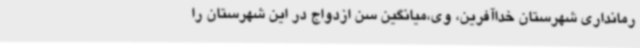
رمانداری شهرستان خداآفرین، وی،میانگین سن ازدواج در این شهرستان را